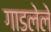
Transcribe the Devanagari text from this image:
गाडलेले